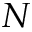
N